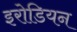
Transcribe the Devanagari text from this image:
इरोडियन